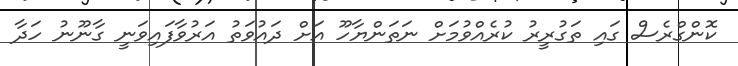
ކޮންގްރެސް ގައި ތަގުރީރު ކުރެއްވުމަށް ނަތަންޔާހޫ އަށް ދައުވަތު އަރުވާފައިވަނީ ގާނޫނު ހަދާ